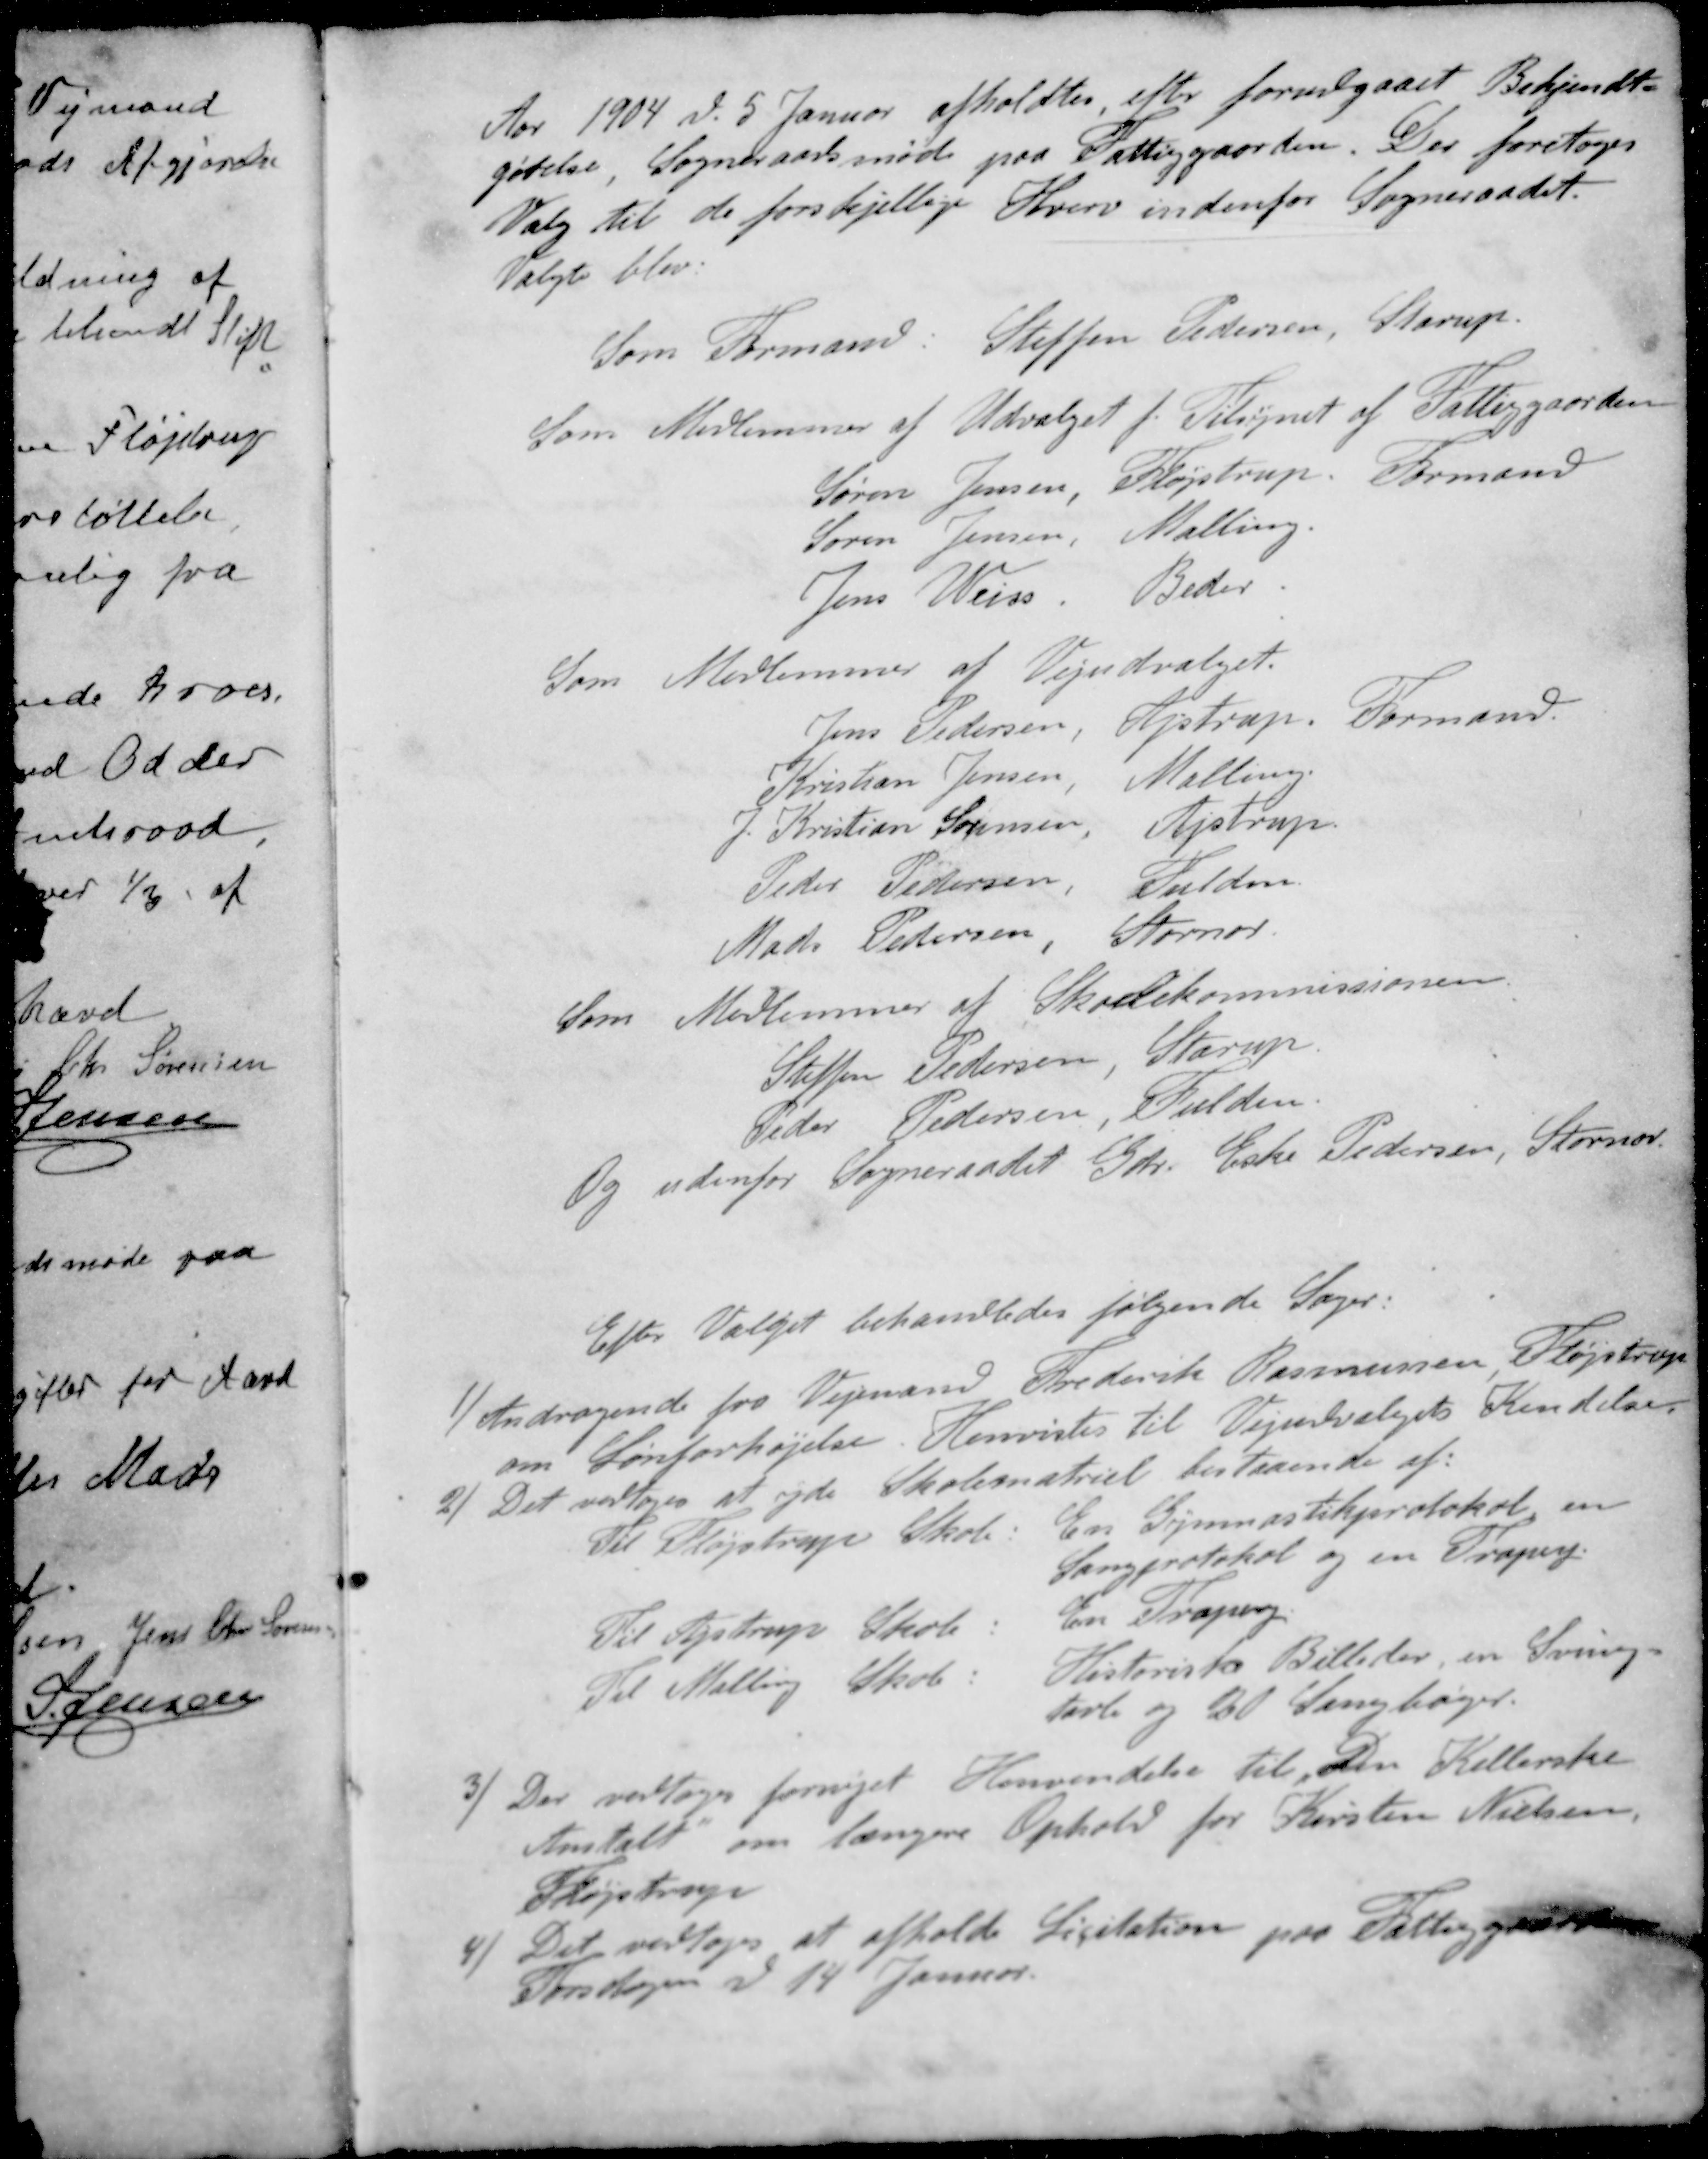
Transskription:
Aar 1904 d. 5 Januar afholdtes efter forudgaaet Bekjendt-
gørelse, Sogneraadsmøde paa Fattiggaarden. Der foretoges
Valg til de forskjellige Hverv indenfor Sogneraadet
Valgte blev
Som Formand: Steffen Pedersen, Starup.
Som Medlemmer af Udvalget f. Tilsynet af Fattiggaarden
Søren Jensen, Fløjstrup. Formand
Søren Jensen, Malling.
Jens Weiss. Beder.
Som Medlemmer af Vejudvalget.
Jens Pedersen, Ajstrup. Formand.
Kristian Jensen, Malling
J Kristian Sørensen, Astrup
Peder Pedersen, Fulden.
Mads Pedersen, Stornor.
Som Medlemmer af Skolekommissionen
Steffen Pedersen, Starup
Peder Pedersen, Fulden.
Og udenfor Sogneraadet Gdr. Eske Pedersen, Stornor
Efter Valget behandledes følgende Sager:
1 / Andragende fra Vejmand Frederik Rasmussen Fløjstrup
om Lønforhøjelse. Henvistes til Vejudvalgets Kendelse
2 / Det vedtoges at yde Skolematriel bestaaende af
Til Fløjstrup Skole: En Gymnastikprotokol en
Sangprotokol og en Trapez
Til Lystrup Skole: En Trapez
Til Malling Skole: Historiske Billeder en Sving-
tavle og 30 Sangbøger.
3 / Der vedtoges fornyet Henvendelse til „Den Kellerske
Anstalt om længere Ophold for Kirsten Nielsen,
Fløjstrup
4 / Det vedtoges at afholde Licitation paa Fattiggaarden
Torsdagen d 14 Januar